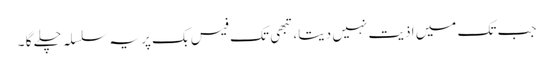
جب تک میں اذیت نہیں دیتا، تبھی تک فیس بک پر یہ سلسلہ چلے گا ۔